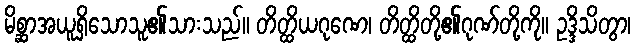
မိစ္ဆာအယူရှိသောသူ၏သားသည်။ တိတ္ထိယဂုဏေ၊ တိတ္ထိတို့၏ဂုဏ်တို့ကို။ ဥဒ္ဒိသိတွာ၊